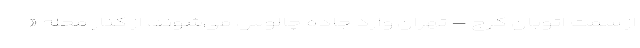
از سمت اتوبان کرج – تهران وارد جاده چالوس می‌شوند، از کنار محله «